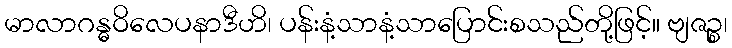
မာလာဂန္ဓဝိလေပနာဒီဟိ၊ ပန်းနံ့သာနံ့သာပြောင်းစသည်တို့ဖြင့်။ ဗျဇဉ္စ၊